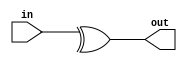
module sparc_ifu_par16 (
   out, 
   in
   );
   input [15:0] in;
   output 	out;
   assign  out = (^in[15:0]);
endmodule